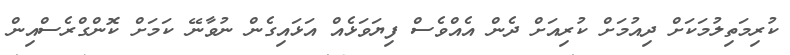
ކުރިމަތިލުމަކަށް ދިއުމަށް ކުރިއަށް ދެން އެއްވެސް ފިޔަވަޅެއް އަޅައިގެން ނުވާނޭ ކަމަށް ކޮންގްރެސްއިން